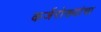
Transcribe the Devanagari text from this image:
कर्जरोख्यांचा